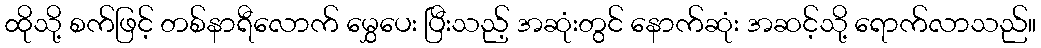
ထိုသို့ စက်ဖြင့် တစ်နာရီလောက် မွှေပေး ပြီးသည့် အဆုံးတွင် နောက်ဆုံး အဆင့်သို့ ရောက်လာသည်။